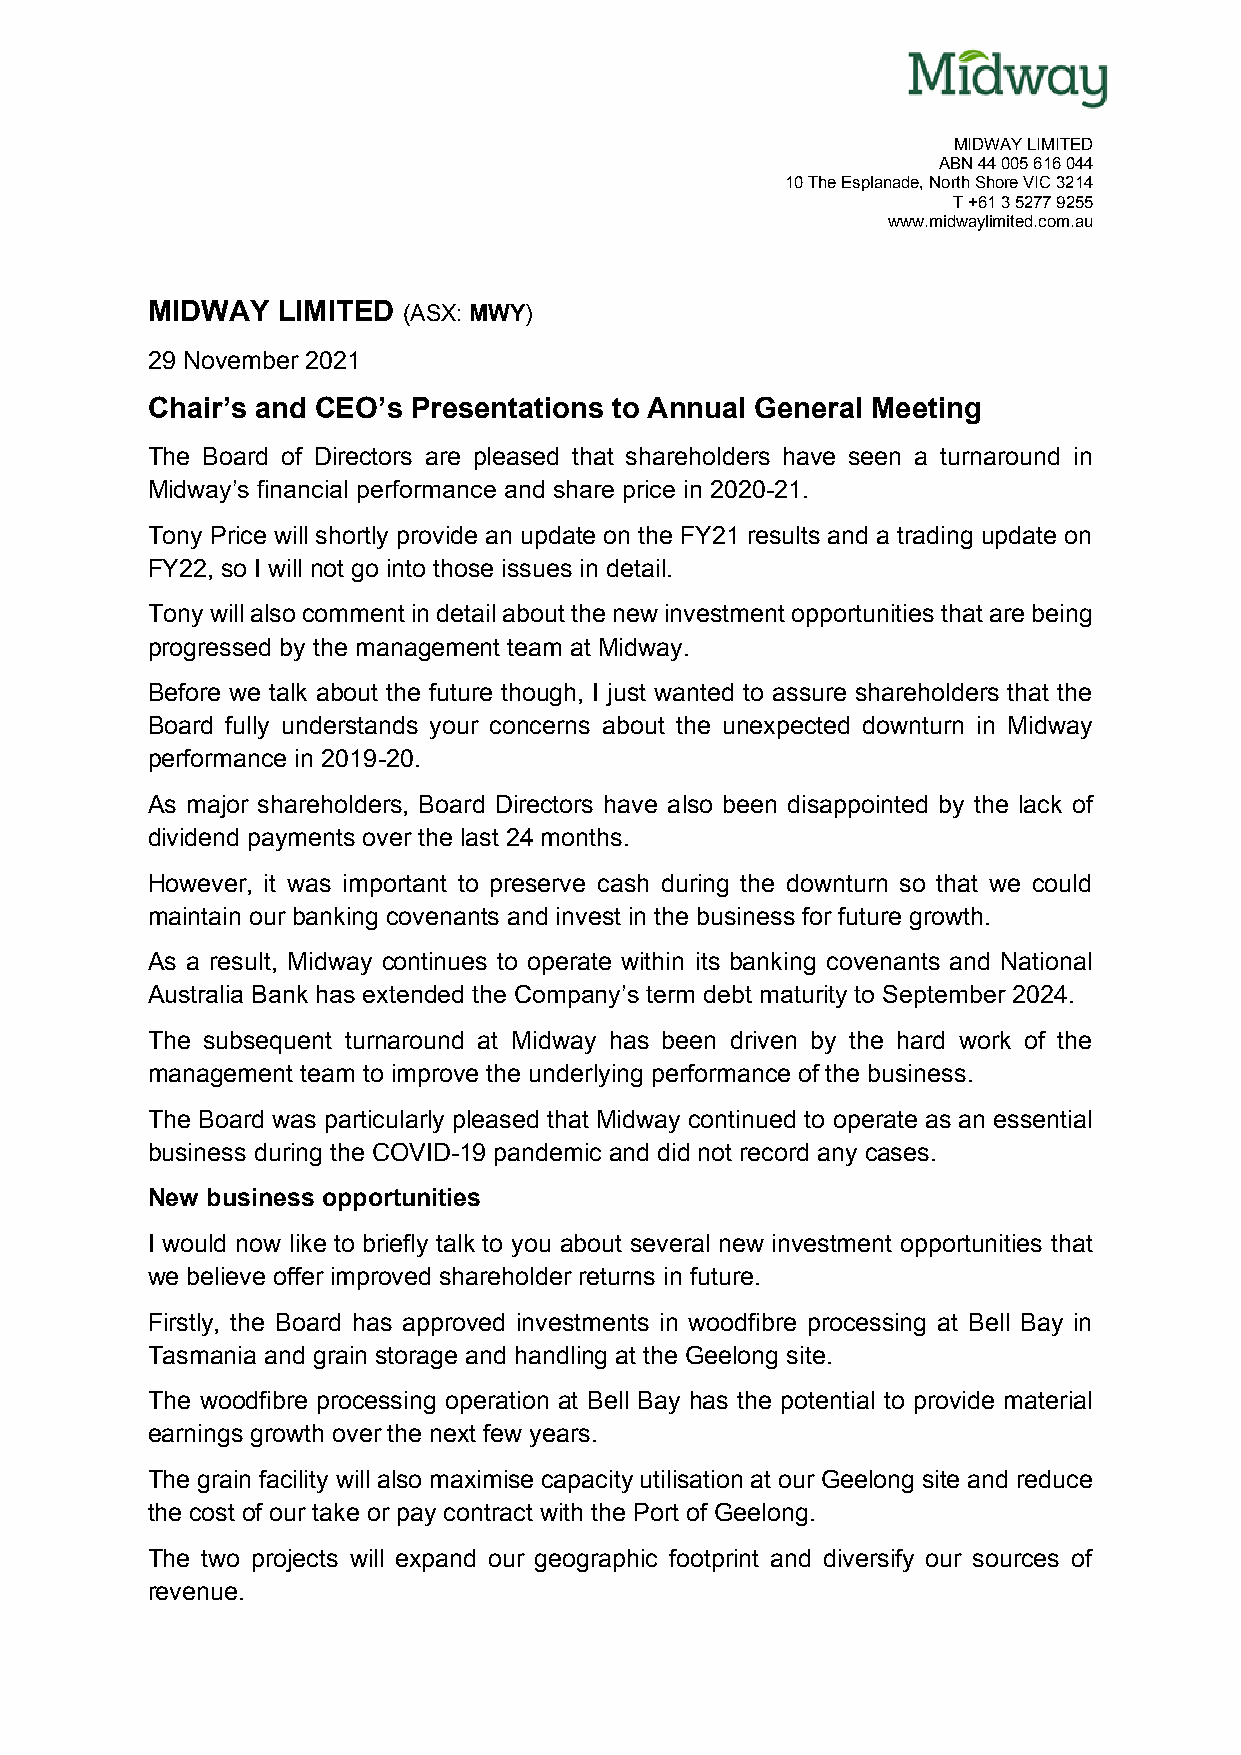
MIDWAY LIMITED
 ABN 44 005 616 044
 10 The Esplanade, North Shore VIC 3214
 T +61 3 5277 9255
 www.midwaylimited.com.au
 MIDWAY  LIMITED  (ASX: MWY)
 29 November 2021
 Chair’s and CEO’s Presentations to Annual General Meeting
 The Board of Directors are pleased that shareholders have seen a turnaround in
 Midway’s financial performance and share price in 2020-21.
 Tony Price will shortly provide an update on the FY21 results and a trading update on
 FY22, so I will not go into those issues in detail.
 Tony will also comment in detail about the new investment opportunities that are being
 progressed by the management team at Midway.
 Before we talk about the future though, I just wanted to assure shareholders that the
 Board fully understands your concerns about the unexpected downturn in Midway
 performance in 2019-20.
 As major shareholders, Board Directors have also been disappointed by the lack of
 dividend payments over the last 24 months.
 However, it was important to preserve cash during the downturn so that we could
 maintain our banking covenants and invest in the business for future growth.
 As a result, Midway continues to operate within its banking covenants and National
 Australia Bank has extended the Company’s term debt maturity to September 2024.
 The subsequent turnaround at Midway has been driven by the hard work of the
 management team to improve the underlying performance of the business.
 The Board was particularly pleased that Midway continued to operate as an essential
 business during the COVID-19 pandemic and did not record any cases.
 New business opportunities
 I would now like to briefly talk to you about several new investment opportunities that
 we believe offer improved shareholder returns in future.
 Firstly, the Board has approved investments in woodfibre processing at Bell Bay in
 Tasmania and grain storage and handling at the Geelong site.
 The woodfibre processing operation at Bell Bay has the potential to provide material
 earnings growth over the next few years.
 The grain facility will also maximise capacity utilisation at our Geelong site and reduce
 the cost of our take or pay contract with the Port of Geelong.
 The two projects will expand our geographic footprint and diversify our sources of
 revenue.